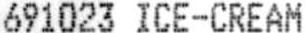
691023 ICE-CREAM